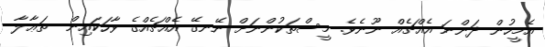
އެމީހުން ދަންނަ އެއްޗެއް ނޫނެވެ. މީސްތަކުންނަށް ނޭނގޭ އެއްޗެއްގެ ވާހަކައިން  ތަޢާލާ